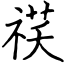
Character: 䄏